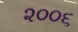
૨૦૦૬